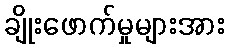
ချိုးဖောက်မှုများအား